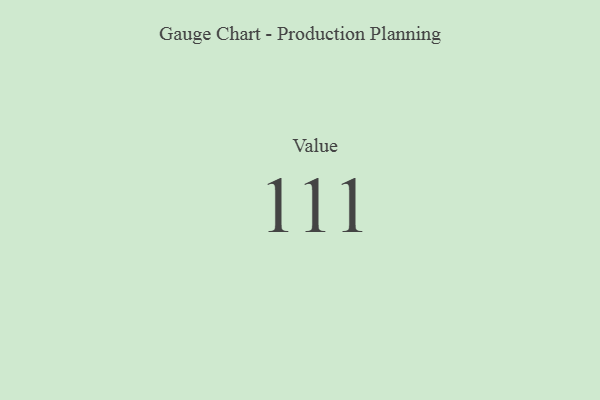
{"axis": {"x": "Metric", "y": "Value"}, "legend": [""], "data": [{"x": "Value", "y": 111, "type": ""}]}